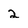
Character: 2